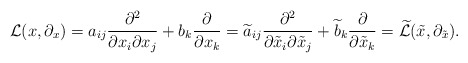
\begin{align*}{\mathcal L}(x,\partial_x)=a_{ij}\frac{\partial^2}{\partial x_i\partial x_j}+b_k\frac{\partial}{\partial x_k}=\widetilde a_{ij}\frac{\partial^2}{\partial \tilde x_i\partial \tilde x_j}+\widetilde b_k\frac{\partial}{\partial \tilde x_k}=\widetilde{\mathcal L}(\tilde x,\partial_{\tilde x}).\end{align*}